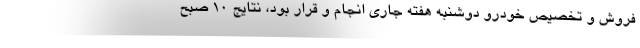
فروش و تخصیص خودرو دوشنبه هفته جاری انجام و قرار بود، نتایج ۱۰ صبح